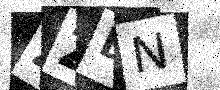
Text: ZZBN